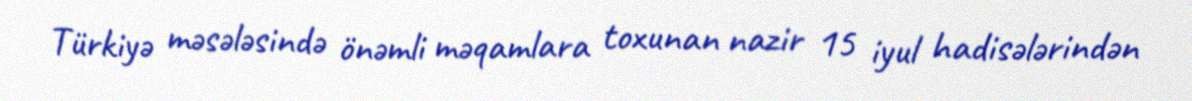
Türkiyə məsələsində önəmli məqamlara toxunan nazir 15 iyul hadisələrindən